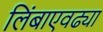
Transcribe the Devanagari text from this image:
लिंबाएवढ्या